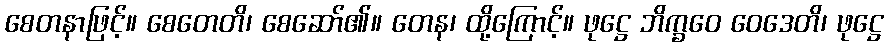
စေတနာဖြင့်။ စေတေတိ၊ စေဆော်၏။ တေန၊ ထို့ကြောင့်။ ဖုဋ္ဌေ ဘိက္ခဝေ ဝေဒေတိ၊ ဖုဋ္ဌေ